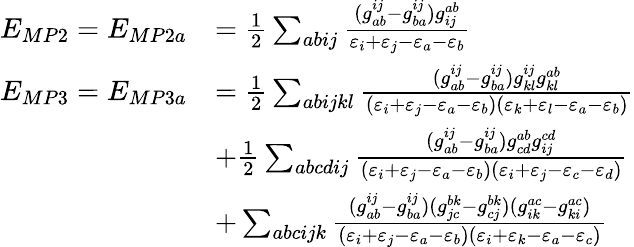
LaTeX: \begin{array}{rl}{E_{MP2}=E_{MP2a}}&{=\frac{1}{2}\sum_{abij}\frac{(g_{ab}^{ij}-g_{ba}^{ij})g_{ij}^{ab}}{\varepsilon_{i}+\varepsilon_{j}-\varepsilon_{a}-\varepsilon_{b}}}\\ {E_{MP3}=E_{MP3a}}&{=\frac{1}{2}\sum_{abijkl}\frac{(g_{ab}^{ij}-g_{ba}^{ij})g_{kl}^{ij}g_{kl}^{ab}}{(\varepsilon_{i}+\varepsilon_{j}-\varepsilon_{a}-\varepsilon_{b})(\varepsilon_{k}+\varepsilon_{l}-\varepsilon_{a}-\varepsilon_{b})}}\\ &{+\frac{1}{2}\sum_{abcdij}\frac{(g_{ab}^{ij}-g_{ba}^{ij})g_{cd}^{ab}g_{ij}^{cd}}{(\varepsilon_{i}+\varepsilon_{j}-\varepsilon_{a}-\varepsilon_{b})(\varepsilon_{i}+\varepsilon_{j}-\varepsilon_{c}-\varepsilon_{d})}}\\ &{+\sum_{abcijk}\frac{(g_{ab}^{ij}-g_{ba}^{ij})(g_{jc}^{bk}-g_{cj}^{bk})(g_{ik}^{ac}-g_{ki}^{ac})}{(\varepsilon_{i}+\varepsilon_{j}-\varepsilon_{a}-\varepsilon_{b})(\varepsilon_{i}+\varepsilon_{k}-\varepsilon_{a}-\varepsilon_{c})}}\end{array}